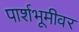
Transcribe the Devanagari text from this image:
पार्शभूमीवर